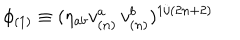
LaTeX: \phi _ { ( 1 ) } \equiv ( \eta _ { a b } v _ { ( n ) } ^ { a } \, v _ { ( n ) } ^ { b } ) ^ { 1 / ( 2 n + 2 ) }